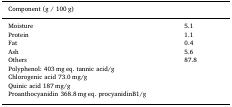
<table><thead><tr><td><b>Component (g / 100 g)</b></td><td></td></tr></thead><tbody><tr><td>Moisture</td><td>5.1</td></tr><tr><td>Protein</td><td>1.1</td></tr><tr><td>Fat</td><td>0.4</td></tr><tr><td>Ash</td><td>5.6</td></tr><tr><td>Others</td><td>87.8</td></tr><tr><td colspan="2">Polyphenol: 403 mg eq. tannic acid/g</td></tr><tr><td colspan="2">Chlorogenic acid 73.0 mg/g</td></tr><tr><td colspan="2">Quinic acid 187 mg/g</td></tr><tr><td colspan="2">Proanthocyanidin 368.8 mg eq. procyanidinB1/g</td></tr></tbody></table>